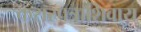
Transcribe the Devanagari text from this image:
करारपत्राशिवाय